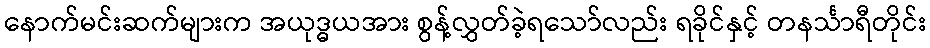
နောက်မင်းဆက်များက အယုဒ္ဓယအား စွန့်လွှတ်ခဲ့ရသော်လည်း ရခိုင်နှင့် တနင်္သာရီတိုင်း